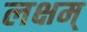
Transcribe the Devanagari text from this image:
लक्षम्